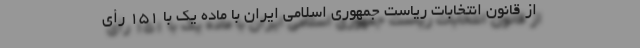
از قانون انتخابات ریاست جمهوری اسلامی ایران با ماده یک با ۱۵۱ رأی